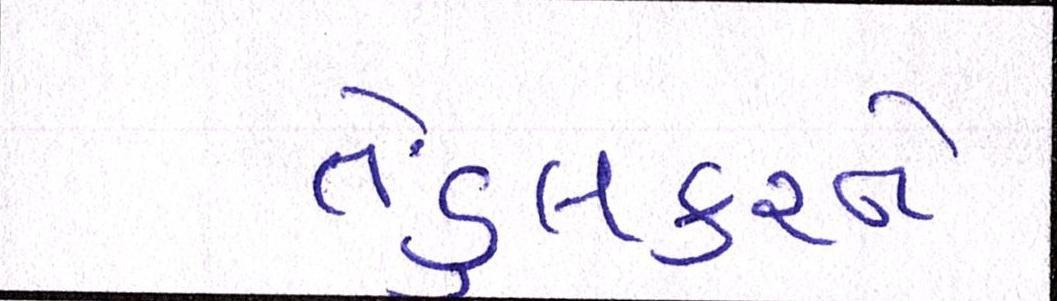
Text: તેંડુલકરને